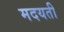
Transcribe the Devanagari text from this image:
मदयती